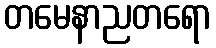
တမေနာညတရော